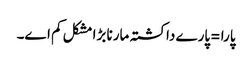
پارا =پارے دا کشتہ مارنا بڑا مشکل کم اے۔